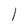
Character: l